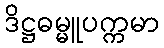
ဒိဋ္ဌဓမ္မူပက္ကမာ